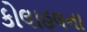
કોલાહલના